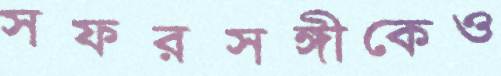
সফরসঙ্গীকেও